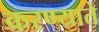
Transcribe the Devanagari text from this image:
करण्याते